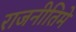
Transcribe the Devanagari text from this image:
राजनीतिमे